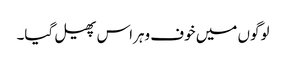
لوگوں میں خوف وہراس پھیل گیا۔